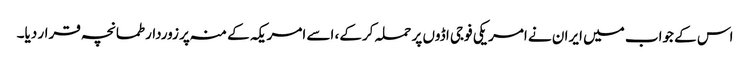
اس کے جواب میں ایران نے امریکی فوجی اڈوں پر حملہ کرکے، اسے امریکہ کے منہ پر زوردار طمانچہ قرار دیا۔